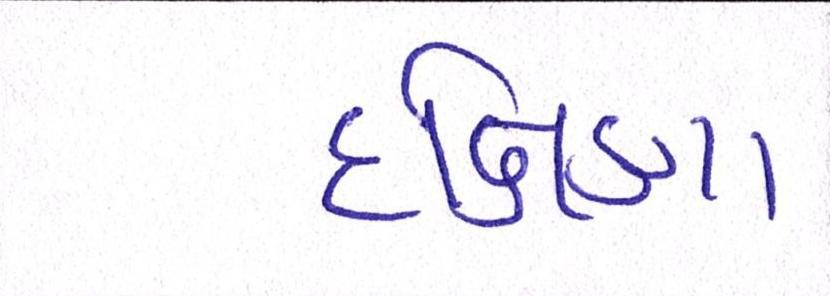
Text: દક્ષિણા